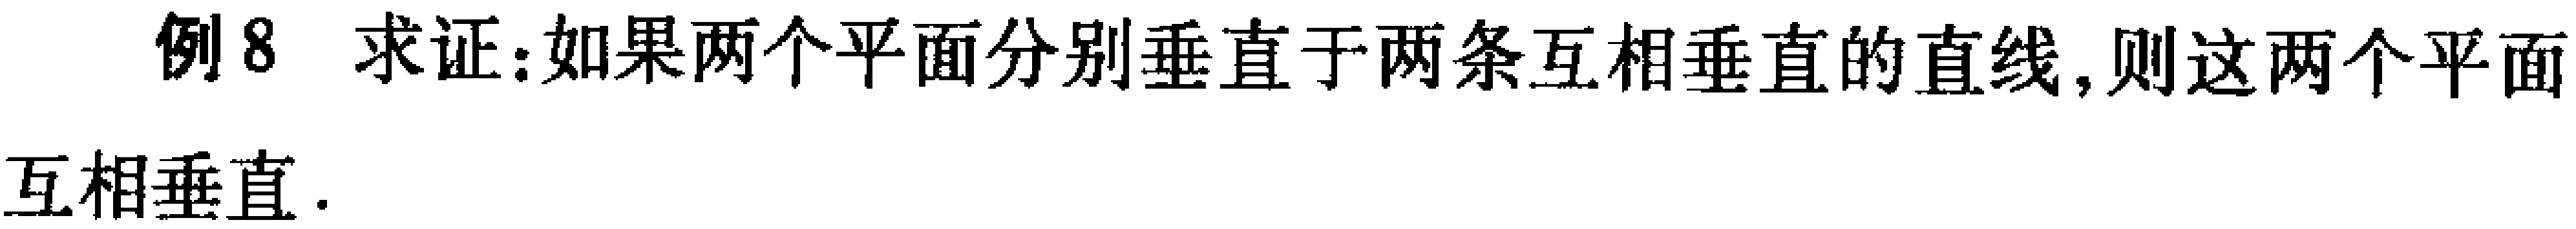
例8 求证：如果两个平面分别垂直于两条互相垂直的直线，则这两个平面互相垂直.